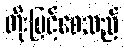
တိုးမြင့်စေသည်